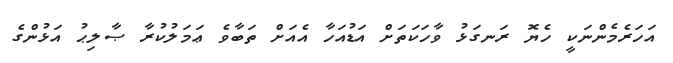
އަހަރެމެންނަކީ ހެޔޮ ރަނގަޅު ވާހަކަތަށް އަޑުއަހާ އެއަށް ތަބާވެ ޢަމަލުކުރާ ޞާލިޙު އަޅުންގެ